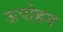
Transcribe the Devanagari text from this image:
ऊपोहन